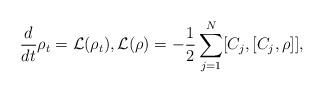
LaTeX: \begin{align*}\frac{d}{dt} \rho_t = \mathcal{L}(\rho_t), \mathcal{L}(\rho) = -\frac12 \sum_{j=1}^{N} [C_j,[C_j, \rho]], \end{align*}